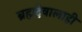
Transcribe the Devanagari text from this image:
ब्रह्मदेवालाही